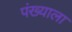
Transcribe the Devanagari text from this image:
पंख्याला